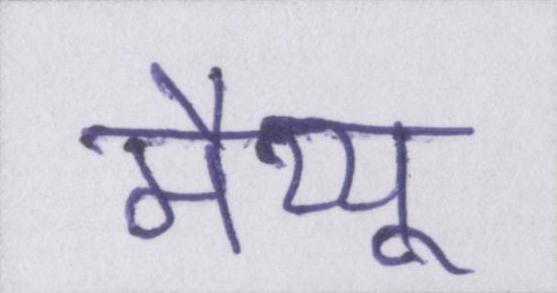
मैथ्यू